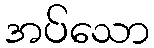
အပ်သော